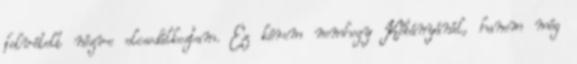
felvételt nézve elcsodálkoztam. Ez kérem nemhogy Kőbányánál, hanem még